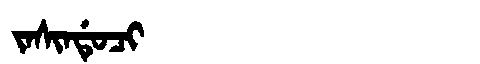
Manchu: ᠵᠠᠰᡳᠨᡩᡠᠴᡳ
Romanization: JASINDUCI